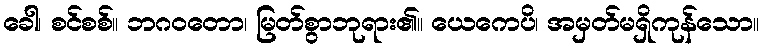
ခေါ၊ စင်စစ်။ ဘဂဝတော၊ မြတ်စွာဘုရား၏။ ယေကေပိ၊ အမှတ်မရှိကုန်သော။